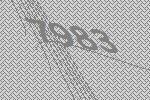
7983